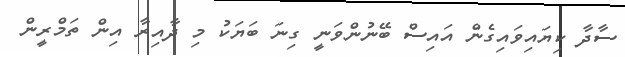
ސާދާ ކިޔައިވައިގެން އައިސް ބޭނުންވަނީ ގިނަ ބަޔަކު މި ދާއިރާ އިން ތަމްރީން